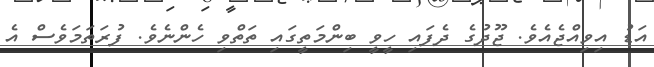
އަޑު އިވިއްޖެއެވެ. ޖޫދުގެ ދެފައި ހީވީ ބިންމަތީގައި ތަތްވި ހެންނެވެ. ފުރަތަމަވެސް އެ